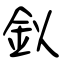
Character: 鉯